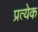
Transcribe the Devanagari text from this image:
प्रत्येेक